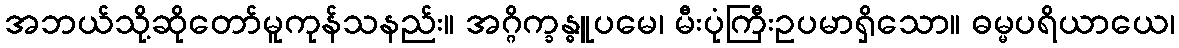
အဘယ်သို့ဆိုတော်မူကုန်သနည်း။ အဂ္ဂိက္ခန္ဓူပမေ၊ မီးပုံကြီးဥပမာရှိသော။ ဓမ္မပရိယာယေ၊